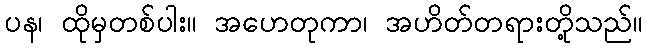
ပန၊ ထိုမှတစ်ပါး။ အဟေတုကာ၊ အဟိတ်တရားတို့သည်။